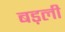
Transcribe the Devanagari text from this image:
बड़ली